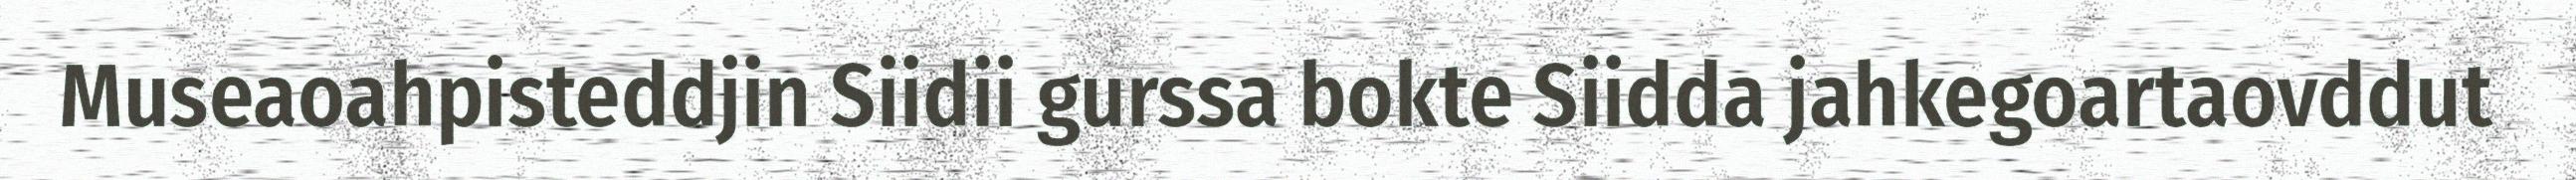
Museaoahpisteddjin Siidii gurssa bokte Siidda jahkegoartaovddut